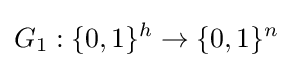
G_{1}:\{0,1\}^{h}\to \{0,1\}^{n}